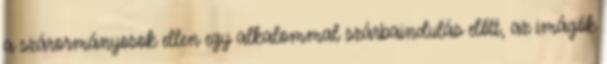
a szárormányosok ellen egy alkalommal szárbaindulás előtt, az imágók